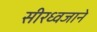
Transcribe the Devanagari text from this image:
सीरध्वजाने